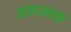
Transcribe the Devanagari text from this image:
संलयनक